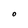
Character: O